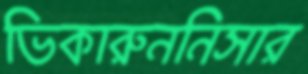
ভিকারুননিসার